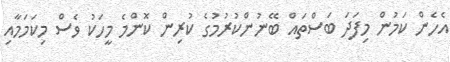
އެެހެން ކަމުން މިފަދަ ބަސްތައް ބޭނުންކުރުމުގެ ކުރިން ކޮންމެ މީހަކު ވެސް މިކަމަމާއި